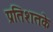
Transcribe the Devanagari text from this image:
प्रतिशतके